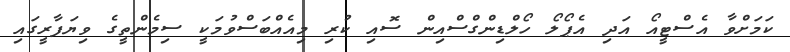
ކަމަށްވާ އެސްޓީއޯ އަދި އެޕޯލޯ ހޯލްޑިންގްސްއިން ސޮއި ކުރި މިއެއްބަސްވުމަކީ ސިމެންތީގެ ވިޔަފާރީގައި